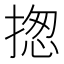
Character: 揔